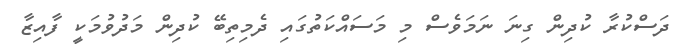
ދަސްކުރާ ކުދިން ގިނަ ނަމަވެސް މި މަސައްކަތުގައި ދެމިތިބޭ ކުދިން މަދުވުމަކީ ފާއިޒާ